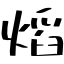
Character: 熖